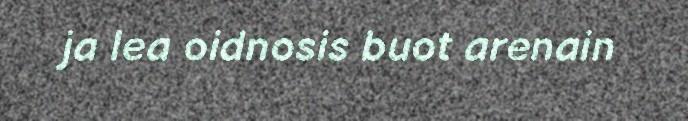
ja lea oidnosis buot arenain